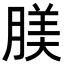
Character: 𦝺